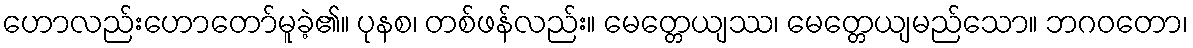
ဟောလည်းဟောတော်မူခဲ့၏။ ပုနစ၊ တစ်ဖန်လည်း။ မေတ္တေယျဿ၊ မေတ္တေယျမည်သော။ ဘဂဝတော၊